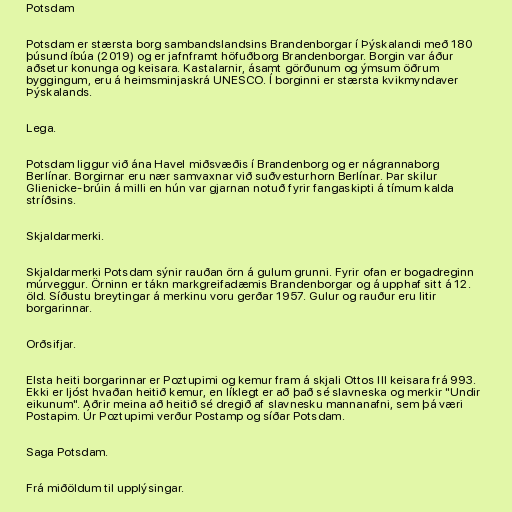
Potsdam

Potsdam er stærsta borg sambandslandsins Brandenborgar í Þýskalandi með 180
þúsund íbúa (2019) og er jafnframt höfuðborg Brandenborgar. Borgin var áður
aðsetur konunga og keisara. Kastalarnir, ásamt görðunum og ýmsum öðrum
byggingum, eru á heimsminjaskrá UNESCO. Í borginni er stærsta kvikmyndaver
Þýskalands.

Lega.

Potsdam liggur við ána Havel miðsvæðis í Brandenborg og er nágrannaborg
Berlínar. Borgirnar eru nær samvaxnar við suðvesturhorn Berlínar. Þar skilur
Glienicke-brúin á milli en hún var gjarnan notuð fyrir fangaskipti á tímum kalda
stríðsins.

Skjaldarmerki.

Skjaldarmerki Potsdam sýnir rauðan örn á gulum grunni. Fyrir ofan er bogadreginn
múrveggur. Örninn er tákn markgreifadæmis Brandenborgar og á upphaf sitt á 12.
öld. Síðustu breytingar á merkinu voru gerðar 1957. Gulur og rauður eru litir
borgarinnar.

Orðsifjar.

Elsta heiti borgarinnar er Poztupimi og kemur fram á skjali Ottos III keisara frá 993.
Ekki er ljóst hvaðan heitið kemur, en líklegt er að það sé slavneska og merkir "Undir
eikunum". Aðrir meina að heitið sé dregið af slavnesku mannanafni, sem þá væri
Postapim. Úr Poztupimi verður Postamp og síðar Potsdam.

Saga Potsdam.

Frá miðöldum til upplýsingar.